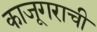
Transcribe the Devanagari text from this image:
काजूगराची